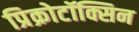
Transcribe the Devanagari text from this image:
प्रिक्रोटॉक्सिन